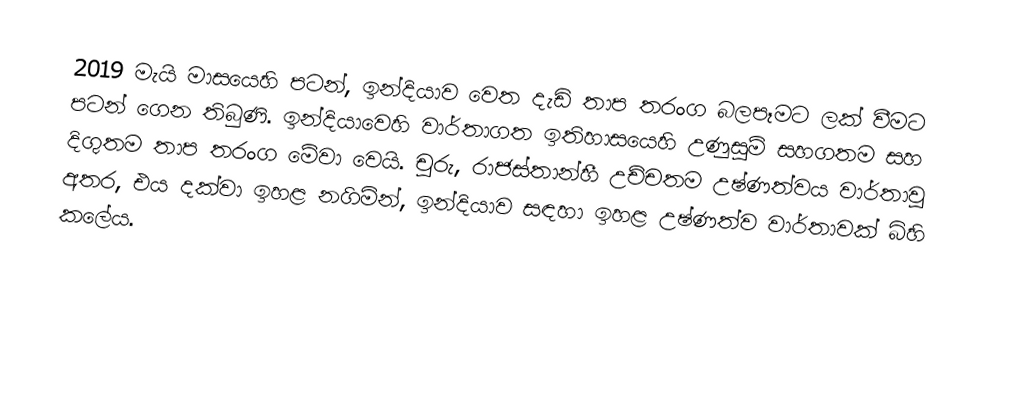
2019 මැයි මාසයෙහි පටන්, ඉන්දියාව වෙත දැඩි තාප තරංග බලපෑමට ලක් වීමට පටන් ගෙන තිබුණි. ඉන්දියාවෙහි වාර්තාගත ඉතිහාසයෙහි උණුසුම් සහගතම සහ දිගුතම තාප තරංග මේවා වෙයි. චූරු, රාජස්තාන්හී උච්චතම උෂ්ණත්වය වාර්තාවූ අතර, එය  දක්වා ඉහළ නගිමින්, ඉන්දියාව සඳහා ඉහළ උෂ්ණත්ව වාර්තාවක් බිහි කලේය.